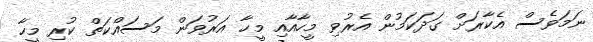
ނަމަވެސް އެކާރަށް ގަދަކަމުން އެރުވި މީހާއާއި މީހާ އަރުވަން މަސައްކަތް ކުރި މީހާ